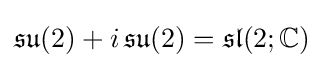
{\mathfrak {su}}(2)+i\,{\mathfrak {su}}(2)={\mathfrak {sl}}(2;\mathbb {C} )~